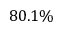
8 0 . 1 \%